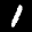
Label: 1